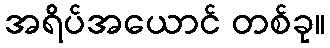
အရိပ်အယောင် တစ်ခု။